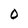
Character: 0